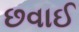
છવાઈ